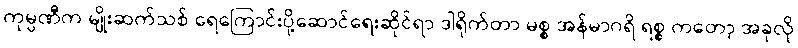
ကုမ္ပဏီက မျိုးဆက်သစ် ရေကြောင်းပို့ဆောင်ရေးဆိုင်ရာ ဒါရိုက်တာ မစ္စ အန်မာဂရိ ရစ္စ ကတော့ အခုလို